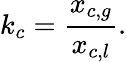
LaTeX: k_{c}=\frac{x_{c,g}}{x_{c,l}}.